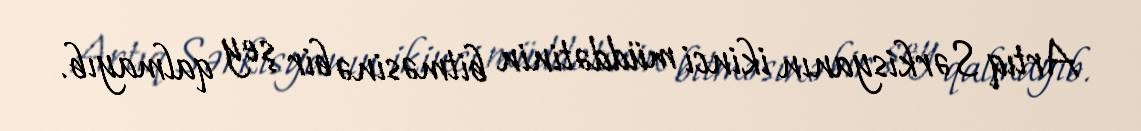
Artıq Sərkisyanın ikinci müddətinin bitməsinə bir şey qalmayıb.